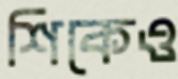
শিকেও